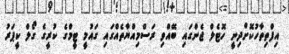
އިފްތިތާހުކޮށްދިނީ ހޮޓެލް ޖެންގައި ބޭއްވި ރަސްމިއްޔާތެއްގައި ގައުމީ ޓީމްގެ ކުރީގެ ގޯލް ކީޕަރު